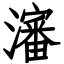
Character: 瀋